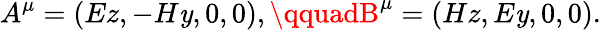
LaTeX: A^{\mu}=(Ez,-H\mathit{y},0,0),\qquadB^{\mu}=(Hz,E\mathit{y},0,0).